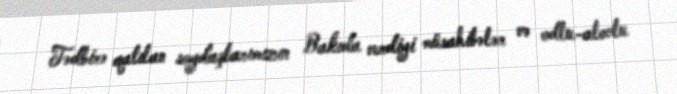
Tədbirə qatılan soydaşlarımızın Bakıda verdiyi müsahibələr və odlu-alovlu